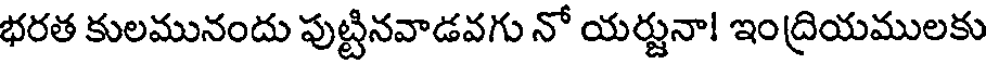
భరత కులమునందు పుట్టినవాడవగు నో యర్జునా! ఇంద్రియములకు